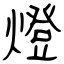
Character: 燈